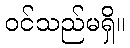
ဝင်သည်မရှိ။